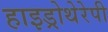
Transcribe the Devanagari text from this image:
हाइड्रोथेरेपी